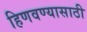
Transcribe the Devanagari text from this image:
हिणवण्यासाठी